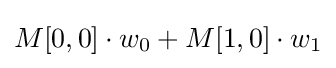
M[0,0]\cdot w_{0}+M[1,0]\cdot w_{1}